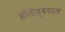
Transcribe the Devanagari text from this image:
हॉलीवूडबद्दल